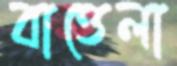
বাত্তেলা